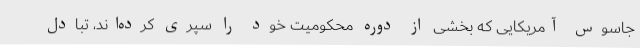
جاسوس آمریکایی که بخشی از دوره محکومیت خود را سپری کرده‌اند، تبادل